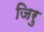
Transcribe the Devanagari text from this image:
जिरु